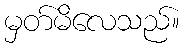
မှတ်မိလေသည်။